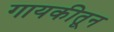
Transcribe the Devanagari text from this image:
गायकीतून